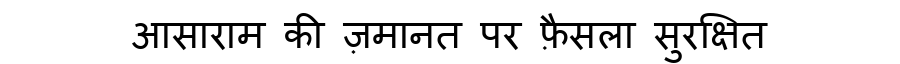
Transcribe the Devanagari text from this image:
आसाराम की ज़मानत पर फ़ैसला सुरक्षित